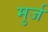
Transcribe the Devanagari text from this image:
मुर्ज